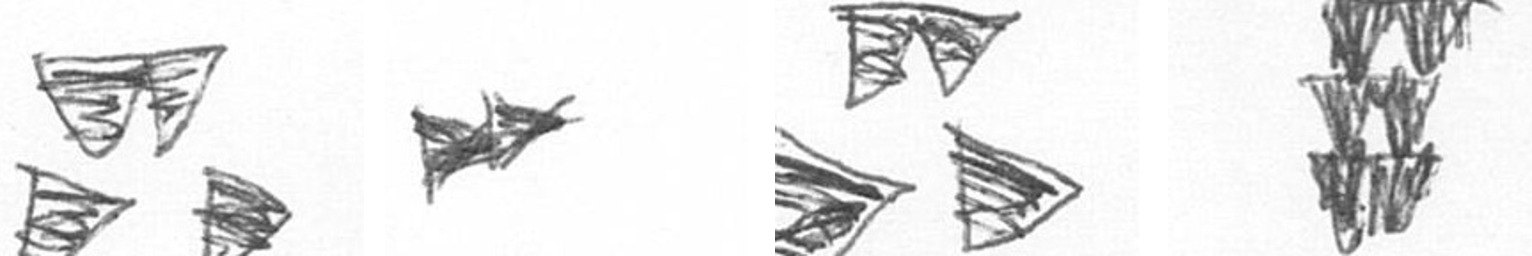
B A B Y